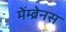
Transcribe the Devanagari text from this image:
मेंम्ब्रेनस